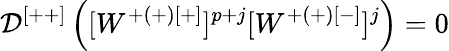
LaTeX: \mathcal{D}^{[++]}\left([W^{+(+)[+]}]^{p+j}[W^{+(+)[-]}]^{j}\right)=0